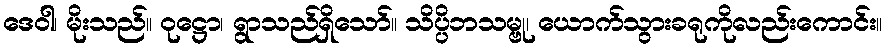
ဒေဝါ၊ မိုးသည်။ ဝုဋ္ဌော၊ ရွာသည်ရှိသော်။ သိပ္ပိဘသမ္ဗု၊ ယောက်သွားခရုကိုလည်းကောင်း။